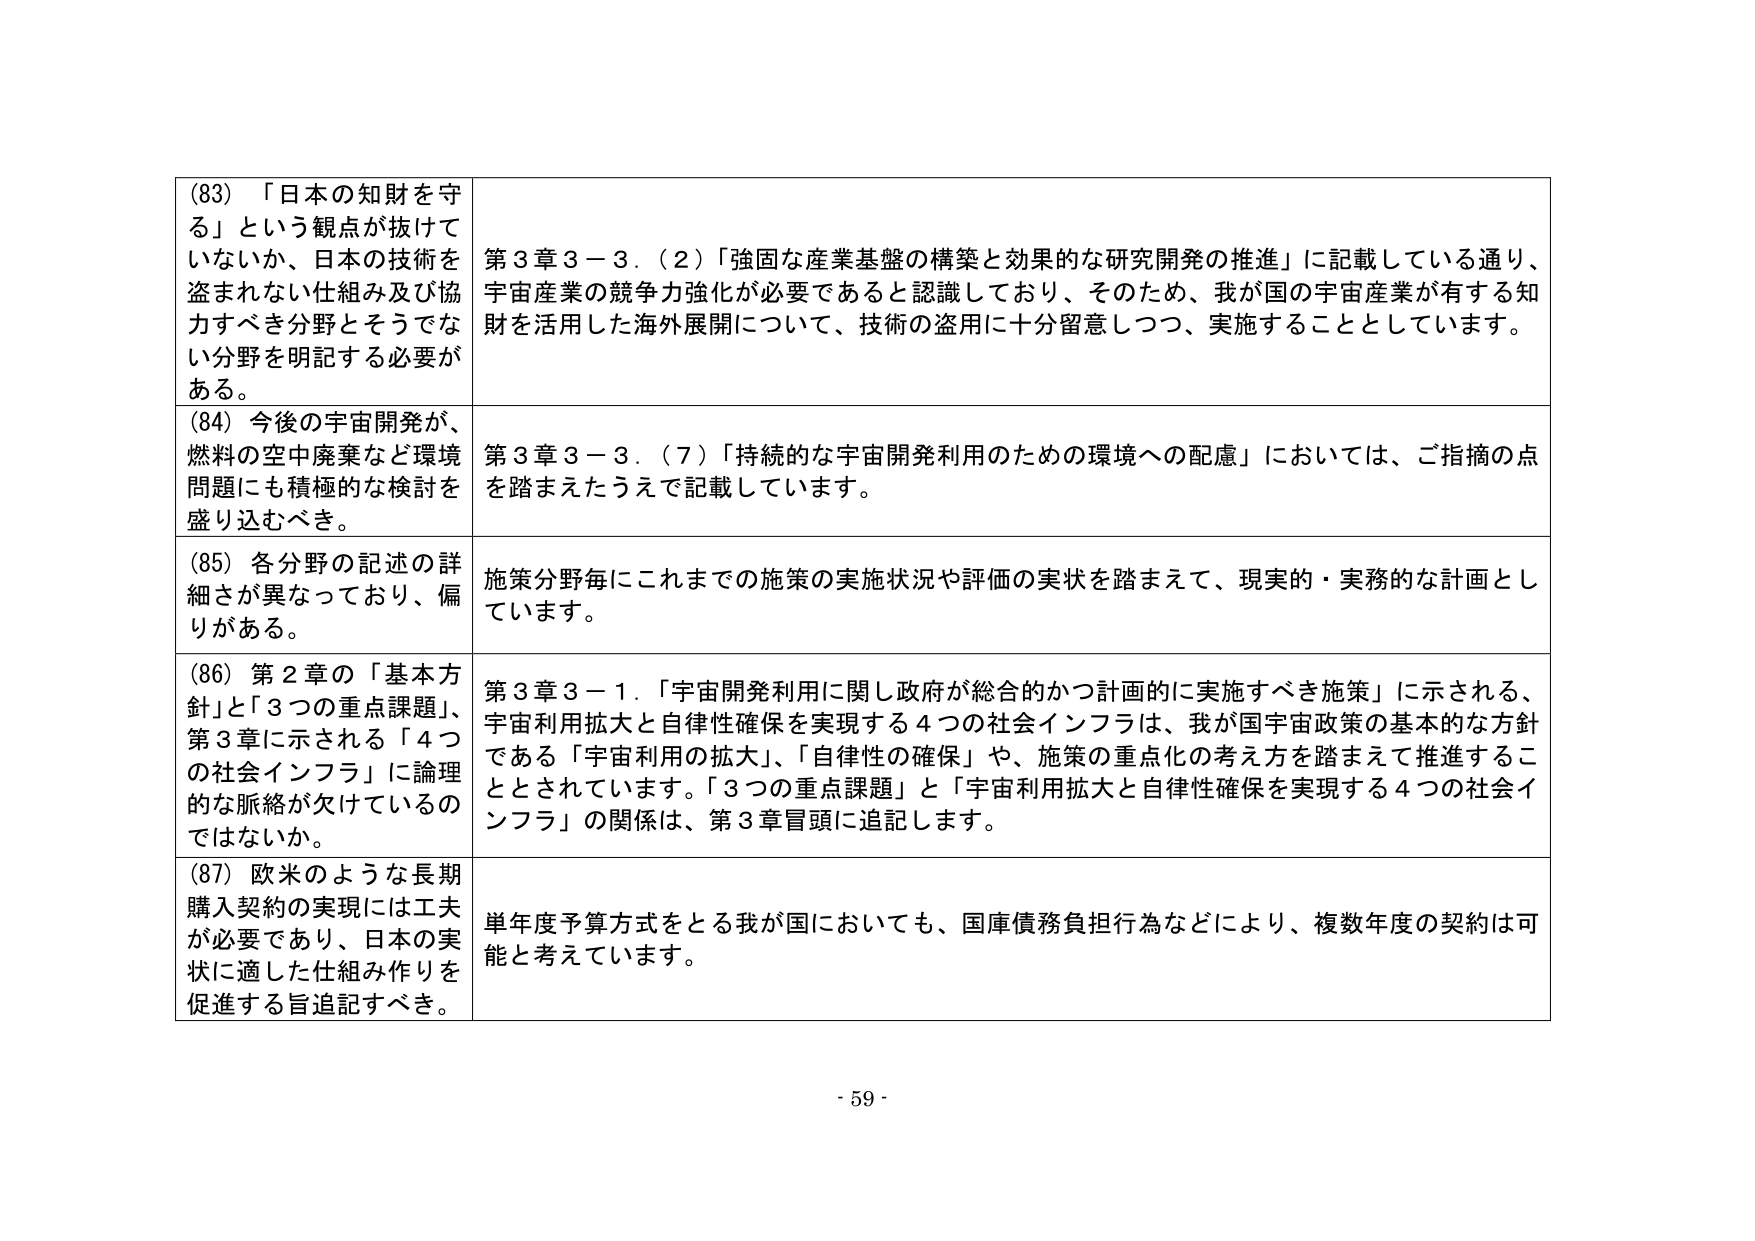
(83) 「日本の知財を守る」という観点が抜けていないか、日本の技術を盗まれない仕組み及び協力すべき分野とそうでない分野を明記する必要がある。

(84) 今後の宇宙開発が、燃料の空中廃棄など環境問題にも積極的な検討を盛り込むべき。

(85) 各分野の記述の詳細さが異なっており、偏りがある。

(86) 第2章の「基本方針」と「3つの重点課題」、第3章に示される「4つの社会インフラ」に論理的な脈絡が欠けているのではないか。

(87) 欧米のような長期購入契約の実現には工夫が必要であり、日本の実状に適した仕組み作りを促進する旨追記すべき。

第3章3－3．(2)「強固な産業基盤の構築と効果的な研究開発の推進」に記載している通り、宇宙産業の競争力強化が必要であると認識しており、そのため、我が国の宇宙産業が有する知財を活用した海外展開について、技術の盗用に十分留意しつつ、実施することとしています。

第3章3－3．(7)「持続的な宇宙開発利用のための環境への配慮」においては、ご指摘の点を踏まえたうえで記載しています。

施策分野毎にこれまでの施策の実施状況や評価の実状を踏まえて、現実的・実務的な計画としています。

第3章3－1．「宇宙開発利用に関し政府が総合的かつ計画的に実施すべき施策」に示される、宇宙利用拡大と自律性確保を実現する4つの社会インフラは、我が国宇宙政策の基本的な方針である「宇宙利用の拡大」、「自律性の確保」や、施策の重点化の考え方を踏まえて推進することとされています。「3つの重点課題」と「宇宙利用拡大と自律性確保を実現する4つの社会インフラ」の関係は、第3章冒頭に追記します。

単年度予算方式をとる我が国においても、国庫債務負担行為などにより、複数年度の契約は可能と考えています。

- 59 -